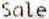
SALE